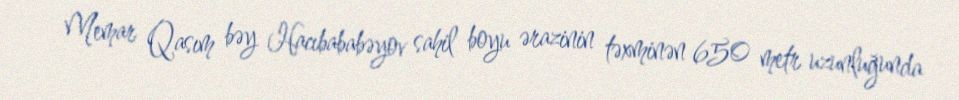
Memar Qasım bəy Hacıbababəyov sahil boyu ərazinin təxminən 650 metr uzunluğunda